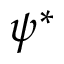
\psi ^ { * }